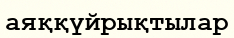
аяққүйрықтылар